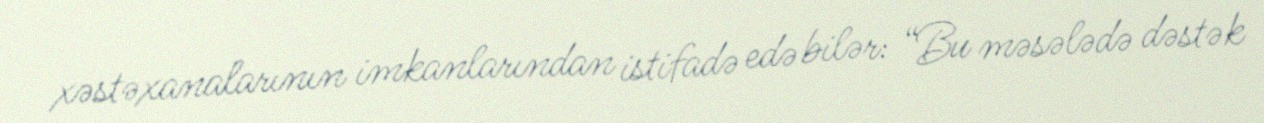
xəstəxanalarının imkanlarından istifadə edə bilər: “Bu məsələdə dəstək